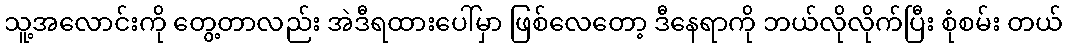
သူ့အလောင်းကို တွေ့တာလည်း အဲဒီရထားပေါ်မှာ ဖြစ်လေတော့ ဒီနေရာကို ဘယ်လိုလိုက်ပြီး စုံစမ်း တယ်